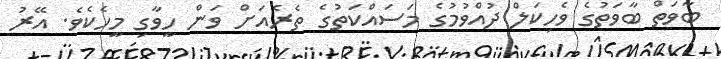
ބާވަތް ބާވަތުގެ ވެހިކަލް ދުއްވުމުގެ މަސައްކަތުގެ ތެރެއަށް ވަން ހީވާގި މީހެކެވެ. އޭރު